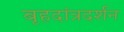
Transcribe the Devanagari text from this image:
बृहदांत्रदर्शन